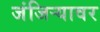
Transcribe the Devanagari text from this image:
जंजिऱ्यावर